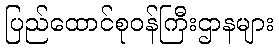
ပြည်ထောင်စုဝန်ကြီးဌာနများ